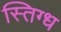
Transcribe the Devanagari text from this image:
स्तिग्ध